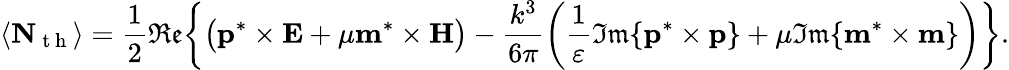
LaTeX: \langle\mathbf{N}_{\mathrm{~t~h~}}\rangle=\frac{1}{2}\mathfrak{Re}\bigg\{ \big(\mathbf{p}^{*}\times\mathbf{E}+\mu\mathbf{m}^{*}\times\mathbf{H}\big)-\frac{k^{3}}{6\pi}\bigg(\frac{1}{\varepsilon}\mathfrak{Im}\{ \mathbf{p}^{*}\times\mathbf{p}\} +\mu\mathfrak{Im}\{ \mathbf{m}^{*}\times\mathbf{m}\} \bigg)\bigg\} .